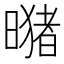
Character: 𪱂